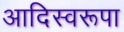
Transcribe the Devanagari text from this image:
आदिस्वरूपा